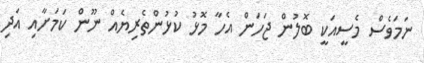
ނަމަވެސް މެސީއަކީ ބޮލުން ޖަހަން އެހާ މޮޅު ކުޅުންތެރިޔެއް ނޫން ކަމަށާއި އަދި